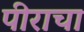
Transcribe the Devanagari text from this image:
पीराचा